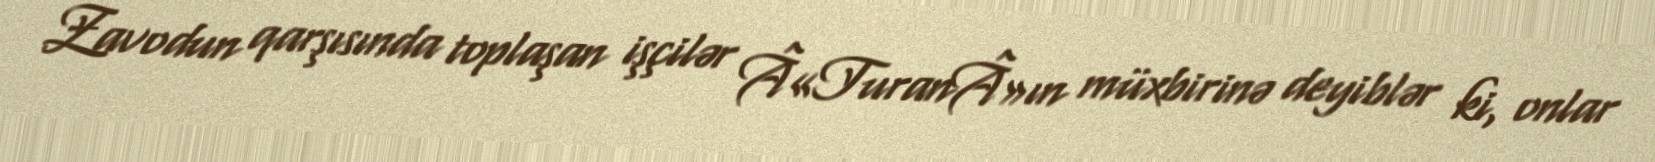
Zavodun qarşısında toplaşan işçilər Â«TuranÂ»ın müxbirinə deyiblər ki, onlar